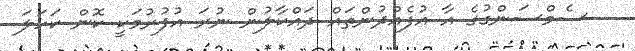
ސެމްސަންގުގެ އާ އުފެއްދުންތައް ދައްކާލުން ނުރަ އުފުރުމަކީ ކޮން ކަހަލަ